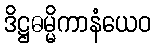
ဒိဋ္ဌဓမ္မိကာနံယေဝ